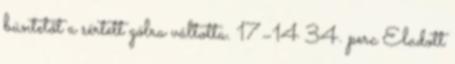
büntetőt a sértett gólra váltotta. 17–14 34. perc Eladott